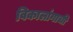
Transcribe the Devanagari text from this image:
विकालांगाची